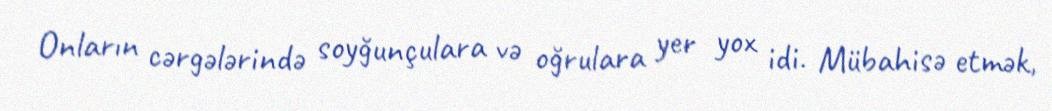
Onların cərgələrində soyğunçulara və oğrulara yer yox idi. Mübahisə etmək,